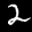
Label: 2